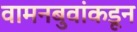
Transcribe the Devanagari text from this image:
वामनबुवांकडून